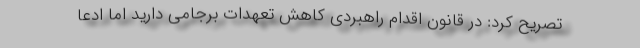
تصریح کرد: در قانون اقدام راهبردی کاهش تعهدات برجامی دارید اما ادعا